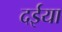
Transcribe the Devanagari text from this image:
दईया